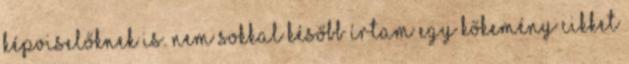
képviselőknek is. Nem sokkal később írtam egy kőkemény cikket